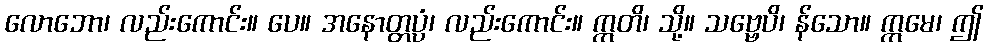
လောဘော၊ လည်းကောင်း။ ပေ။ အနောတ္တပ္ပံ၊ လည်းကောင်း။ ဣတိ၊ သို့။ သဗ္ဗေပိ၊ န်သော။ ဣမေ၊ ဤ